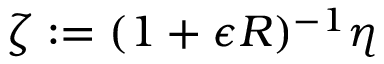
\zeta : = ( 1 + \epsilon R ) ^ { - 1 } \eta